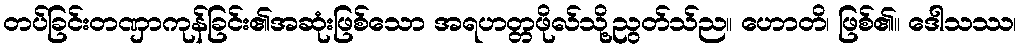
တပ်ခြင်းတဏှာကုန်ခြင်း၏အဆုံးဖြစ်သော အရဟတ္တဖိုလ်သို့ညွတ်သ်ည။ ဟောတိ၊ ဖြစ်၏။ ဒေါသဿ၊